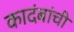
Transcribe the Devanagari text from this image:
कादंबांची